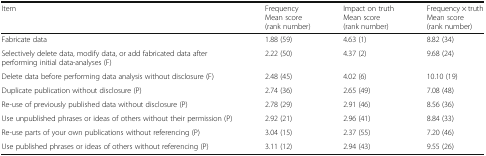
| Item | FrequencyMean score (rank number) | Impact on truthMean score (rank number) | Frequency × truthMean score (rank number) |
 | --- | --- | --- | --- |
 | Fabricate data | 1.88 (59) | 4.63 (1) | 8.82 (34) |
 | Selectively delete data, modify data, or add fabricated data after performing initial data-analyses (F) | 2.22 (50) | 4.37 (2) | 9.68 (24) |
 | Delete data before performing data analysis without disclosure (F) | 2.48 (45) | 4.02 (6) | 10.10 (19) |
 | Duplicate publication without disclosure (P) | 2.74 (36) | 2.65 (49) | 7.08 (48) |
 | Re-use of previously published data without disclosure (P) | 2.78 (29) | 2.91 (46) | 8.56 (36) |
 | Use unpublished phrases or ideas of others without their permission (P) | 2.92 (21) | 2.96 (41) | 8.84 (33) |
 | Re-use parts of your own publications without referencing (P) | 3.04 (15) | 2.37 (55) | 7.20 (46) |
 | Use published phrases or ideas of others without referencing (P) | 3.11 (12) | 2.94 (43) | 9.55 (26) |